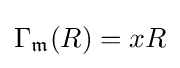
\Gamma _{\mathfrak {m}}(R)=xR